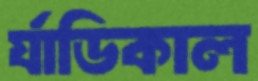
র‍্যাডিকাল